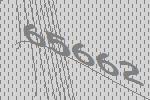
65662